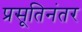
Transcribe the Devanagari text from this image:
प्रसूतिनंतर